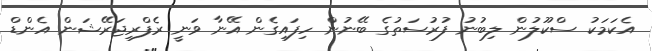
އެކަމަކު ސްކޫލުން ލިބުނު ފުރުސަތުގެ ބޭނުން ހިފައިގެން އޭނާ ވަނީ ރެފްރިޖަރޭޝަން އެންޑް